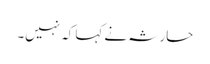
حارثہ نے کہا کہ نہیں۔